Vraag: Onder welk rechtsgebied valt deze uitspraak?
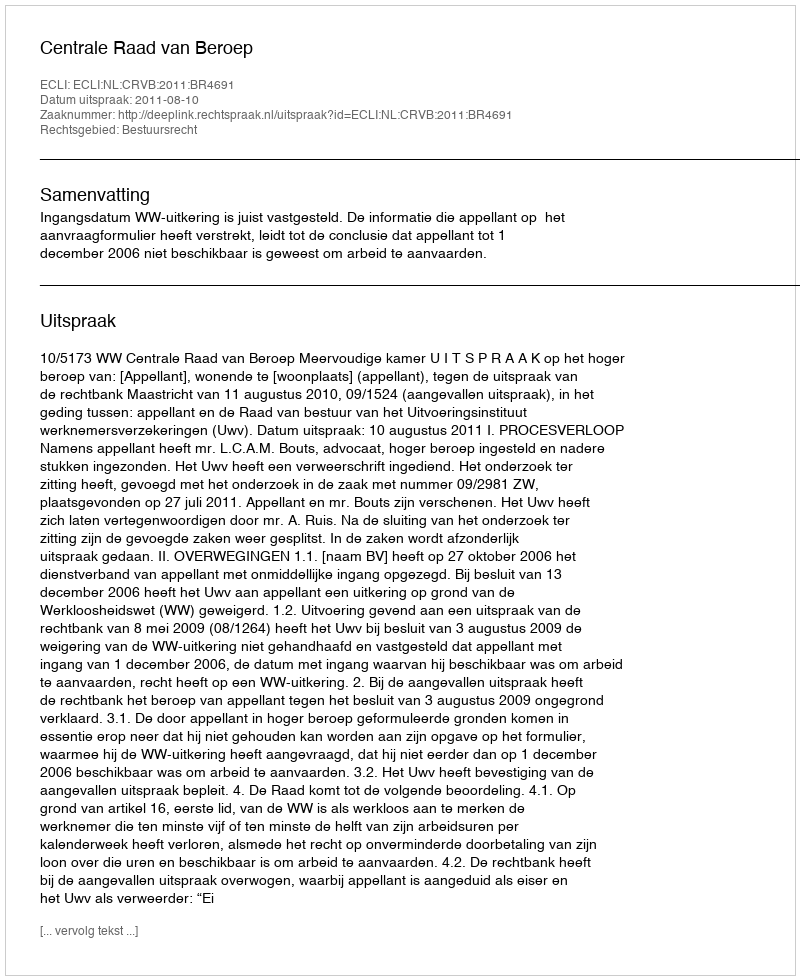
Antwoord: Bestuursrecht